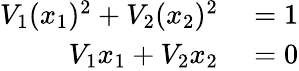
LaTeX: \begin{array}{rl}{V_{1}(x_{1})^{2}+V_{2}(x_{2})^{2}}&{{}=1}\\ {V_{1}x_{1}+V_{2}x_{2}}&{{}=0}\end{array}